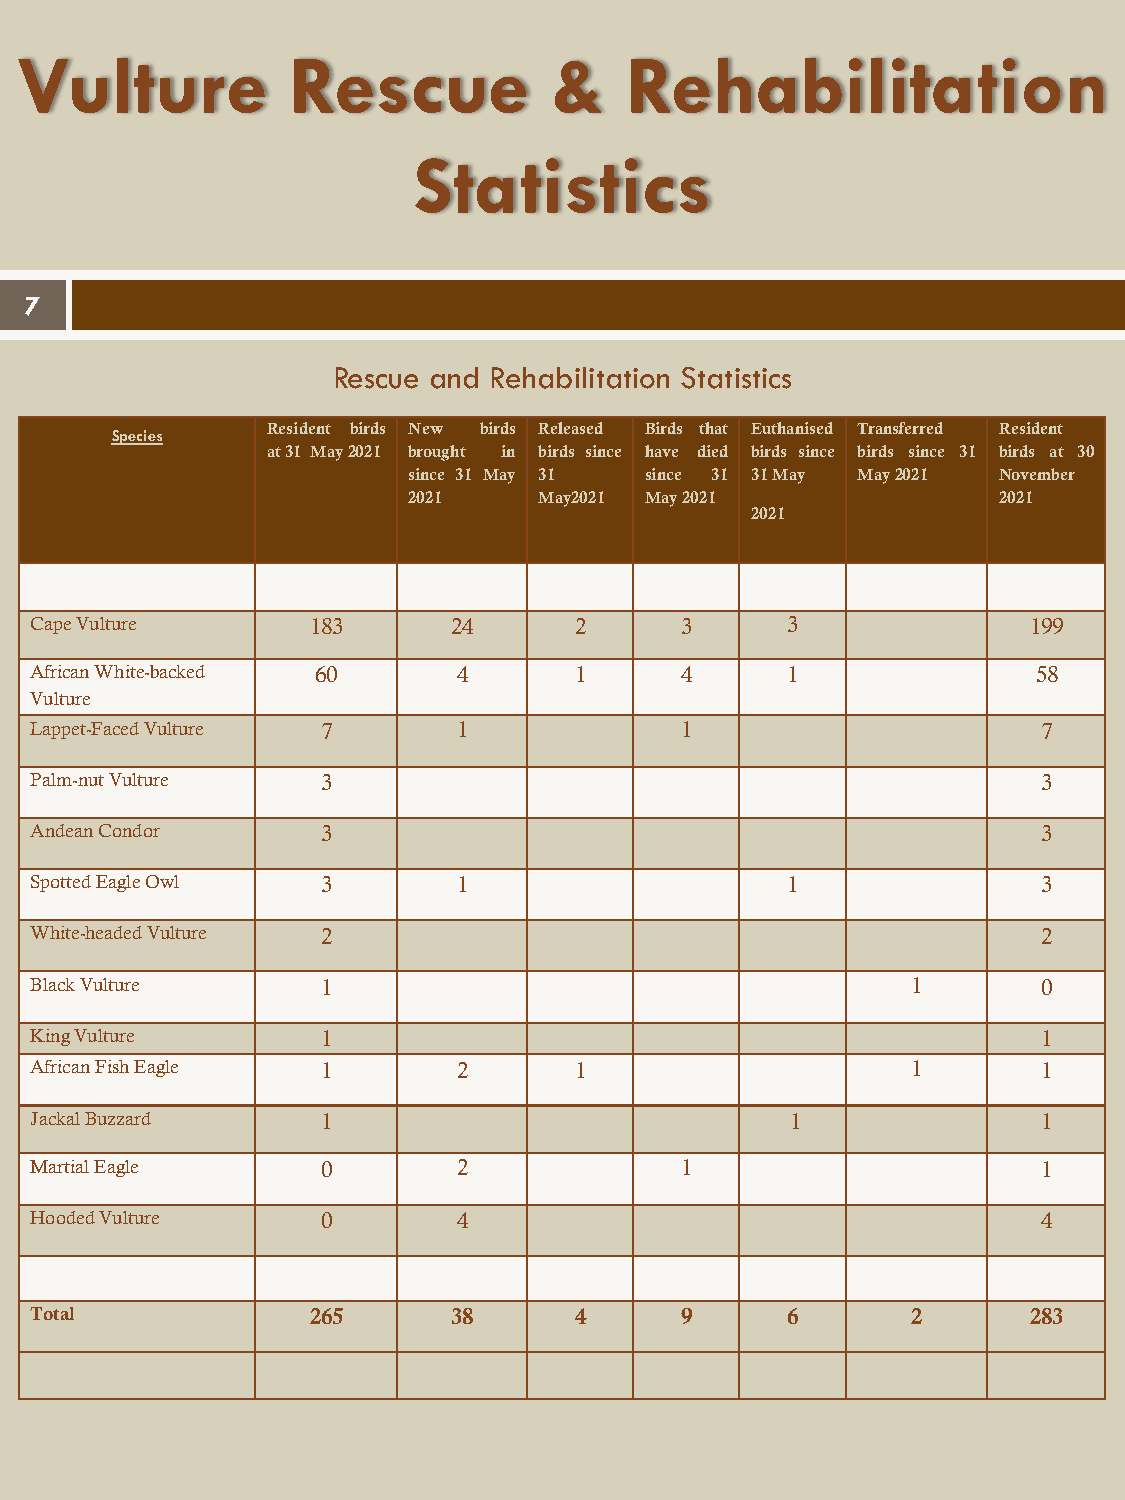
Vulture           Rescue           &    Rehabilitation
 Statistics
 7
 Rescue and Rehabilitation Statistics
 Species    Resident birds New birds Released Birds that Euthanised Transferred Resident
 at31 May2021 brought in birds since have died birds since birds since 31 birds at 30
 since 31 May 31 since 31 31May May2021 November
 2021     May2021 May2021               2021
 2021
 CapeVulture       183       24      2      3      3               199
 African White-backed 60     4       1      4      1                58
 Vulture
 Lappet-FacedVulture 7       1              1                       7
 Palm-nutVulture    3                                               3
 AndeanCondor       3                                               3
 SpottedEagleOwl    3        1                     1                3
 White-headedVulture 2                                              2
 BlackVulture       1                                      1        0
 KingVulture        1                                               1
 AfricanFishEagle   1        2       1                     1        1
 JackalBuzzard      1                              1                1
 MartialEagle       0        2              1                       1
 HoodedVulture      0        4                                      4
 Total             265       38      4      9      6       2       283